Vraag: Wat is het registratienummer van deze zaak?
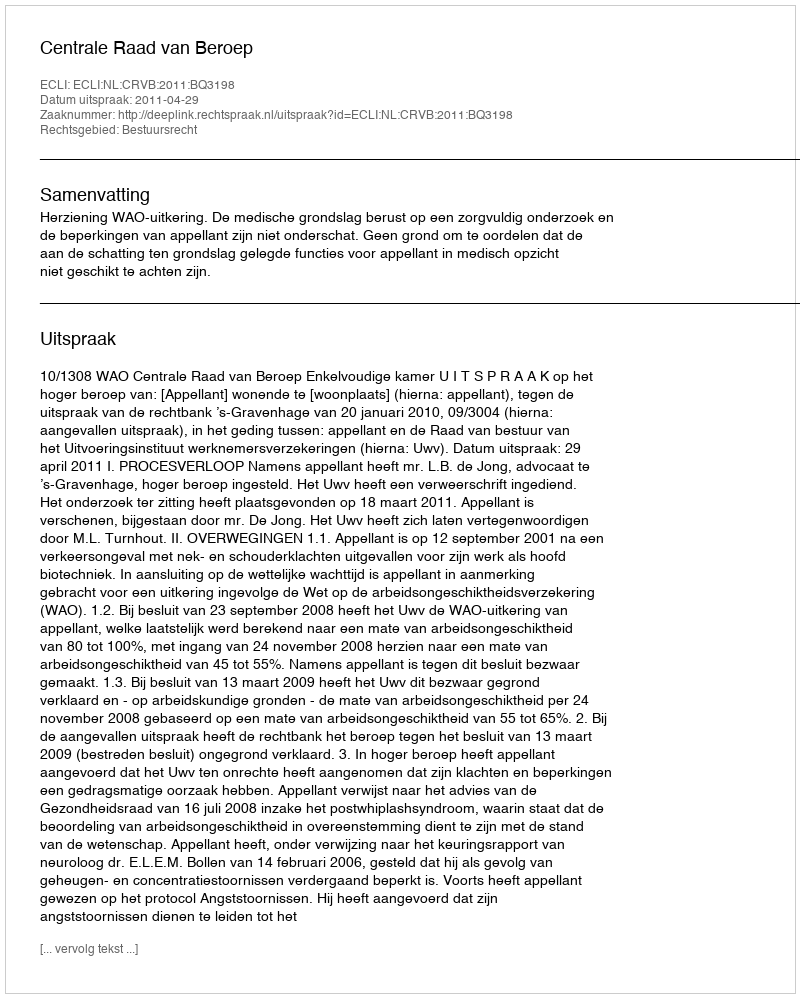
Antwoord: http://deeplink.rechtspraak.nl/uitspraak?id=ECLI:NL:CRVB:2011:BQ3198